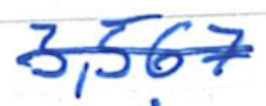
Text: 3,567
Cross-out: single-line
Writing tool: ballpoint